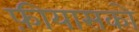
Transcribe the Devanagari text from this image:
फ़ीयासको